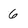
Character: 6